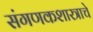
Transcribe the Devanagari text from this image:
संगणकशास्त्राचे